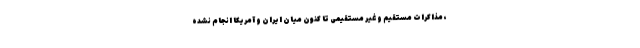
، مذاکرات مستقیم و غیر مستقیمی تا کنون میان ایران و آمریکا انجام نشده